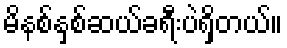
မိနစ်နှစ်ဆယ်ခရီးပဲရှိတယ်။